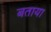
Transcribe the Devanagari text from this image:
बताया